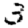
Digit: 3